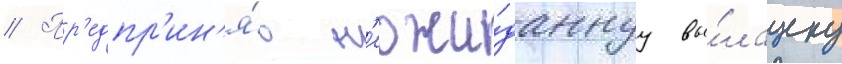
// Пр'едпр'ин'я́в н'еожи́даннуу вы́лазку